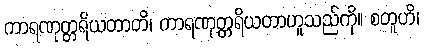
ကာရဏုတ္တရိယတာတိ၊ ကာရဏုတ္တရိယတာဟူသည်ကို။ စတူဟိ၊